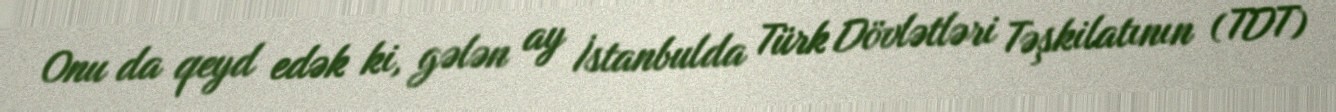
Onu da qeyd edək ki, gələn ay İstanbulda Türk Dövlətləri Təşkilatının (TDT)